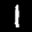
Label: 1